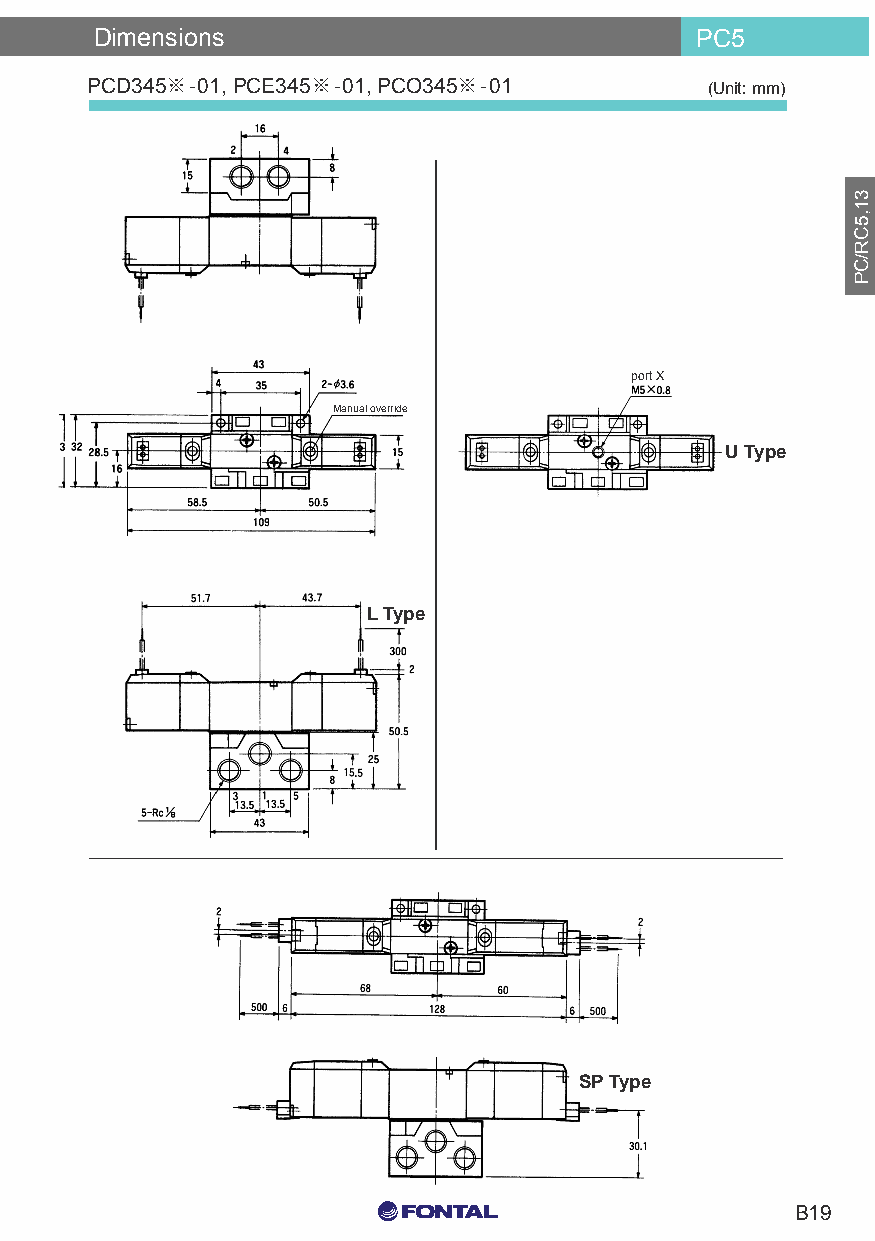
Dimensions                              PC5
 PCD345※-01, PCE345※-01, PCO345※-01
 (Unit: mm)
 port X
 Manual override
 U Type
 L Type
 SP Type
 C0 M0 Y15 K15
 B19
 C0 M0 Y0 K100
 C0 M0 Y0 K0
 31,5CR/CP